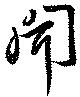
聞